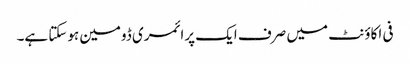
فی اکاؤنٹ میں صرف ایک پرائمری ڈومین ہوسکتا ہے۔